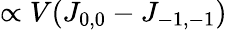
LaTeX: \propto V(J_{0,0}-J_{-1,-1})